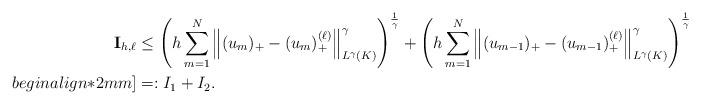
LaTeX: \begin{align*}\mathbf{I}_{h,\ell}&\leq\left(h \sum_{m = 1}^N \left\|(u_m)_+ - (u_m)_+^{(\ell)}\right\|_{L^\gamma (K)}^\gamma \right)^{\frac{1}{\gamma}}+\left( h \sum_{m = 1}^N \left\| (u_{m - 1})_+ - (u_{m - 1})_+^{(\ell)} \right\|_{L^\gamma (K)}^\gamma\right)^{\frac{1}{\gamma}}\\begin{align*}2mm]&=:I_1+I_2.\end{align*}